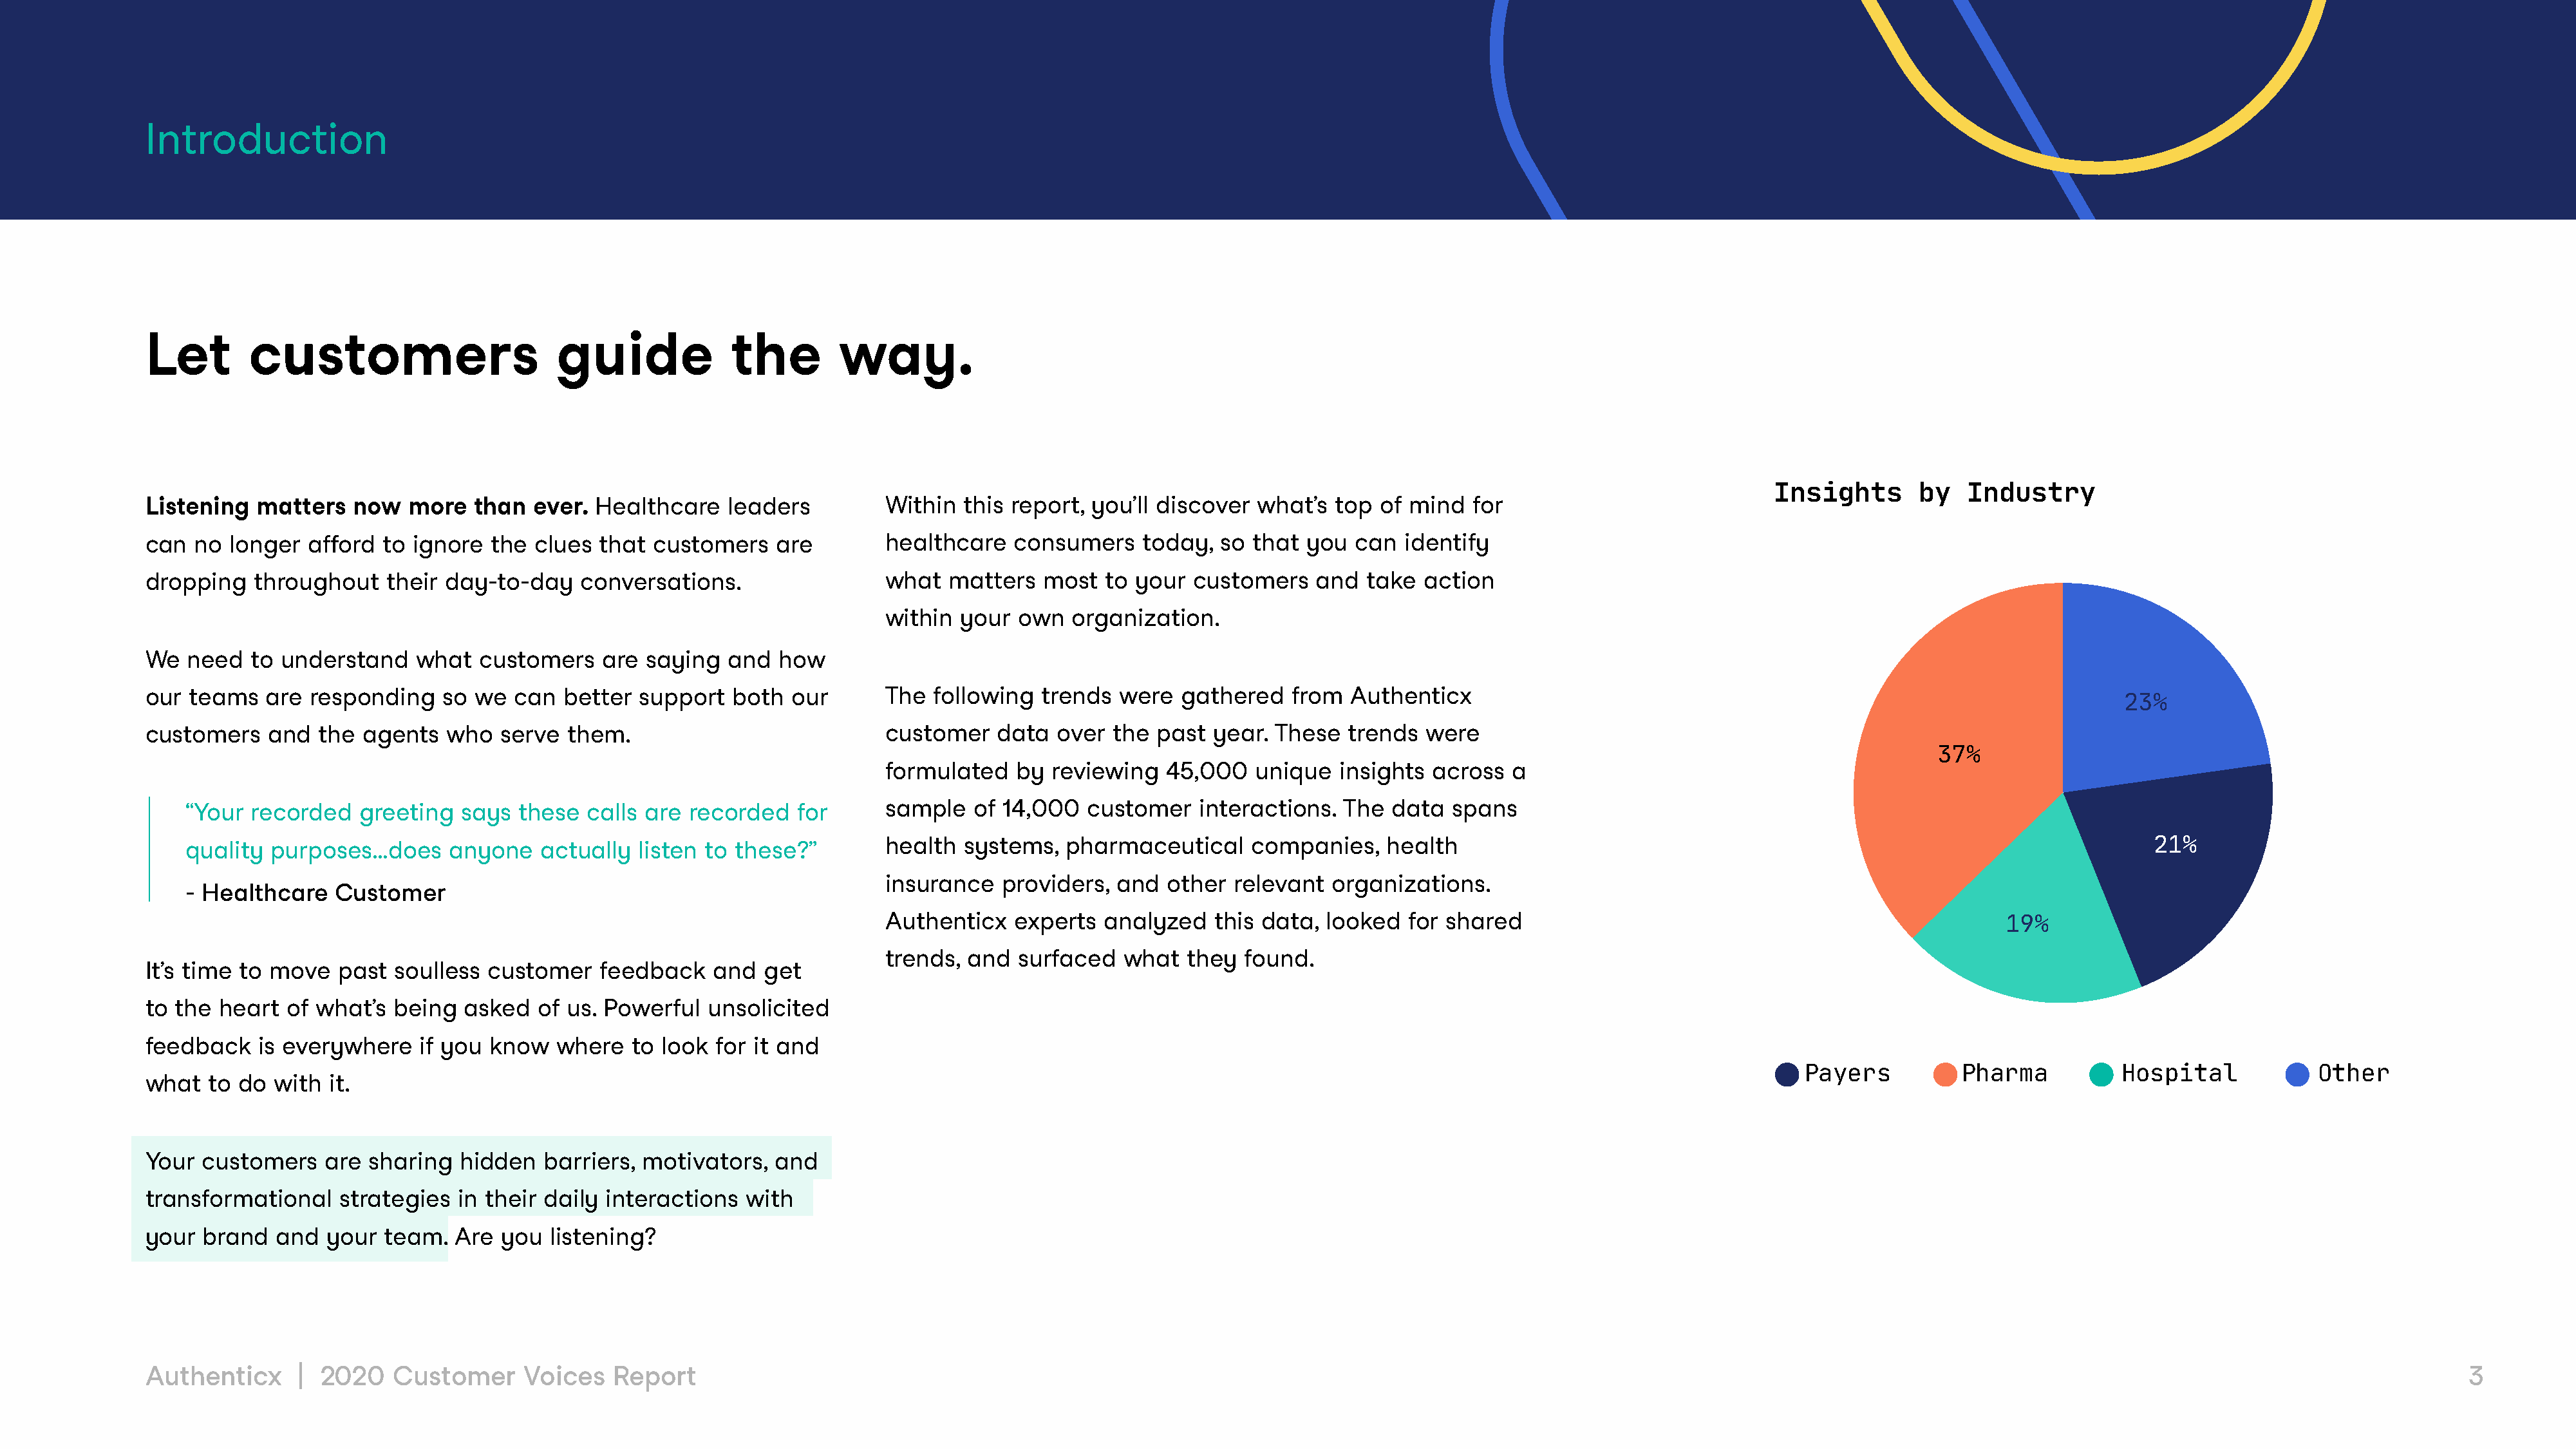
Introduction
 Let        customers                      guide             the        way.
 Insights       by   Industry
 Listening  matters   now   more   than  ever. Healthcare    leaders         Within  this report, you’ll discover  what’s  top  of mind  for
 can  no  longer  afford to ignore  the  clues  that customers    are        healthcare   consumers    today,  so  that you  can  identify
 dropping   throughout    their day-to-day    conversations.                 what   matters  most   to your  customers   and   take action
 within  your  own  organization.
 We  need   to understand    what  customers    are saying   and  how
 our teams   are  responding    so we  can  better  support  both  our       The  following  trends  were  gathered    from  Authenticx
 23%
 customers    and  the agents   who  serve  them.                            customer    data  over the  past  year. These   trends  were
 37%
 formulated   by  reviewing   45,000   unique   insights across  a
 “Your  recorded   greeting  says  these  calls are  recorded   for      sample   of 14,000   customer   interactions.  The  data  spans
 quality  purposes…does     anyone    actually  listen to these?”        health  systems,   pharmaceutical     companies,    health                                                                        21%
 insurance   providers,  and  other  relevant  organizations.
 - Healthcare   Customer
 Authenticx   experts   analyzed   this data, looked   for shared                                                   19%
 trends,  and  surfaced   what  they  found.
 It’s time to move   past  soulless customer    feedback   and   get
 to the  heart of what’s  being   asked  of us. Powerful   unsolicited
 feedback    is everywhere   if you know   where   to look  for it and
 Payers          Pharma          Hospital            Other
 what  to  do with  it.
 Your  customers   are  sharing  hidden   barriers, motivators,   and
 transformational    strategies  in their daily interactions   with
 your  brand  and   your  team.  Are  you  listening?
 Authenticx      | 2020   Customer      Voices   Report                                                                                                                                                                                         3